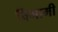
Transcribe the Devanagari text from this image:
विगामी